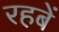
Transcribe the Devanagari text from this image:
रहबें